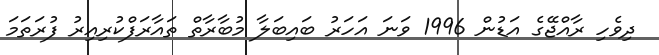
ދިވެހި ރާއްޖޭގެ އަޑުން 1996 ވަނަ އަހަރު ބައިބަލާ މުބާރާތް ތައާރަފްކުރިއިރު ފުރަތަމަ